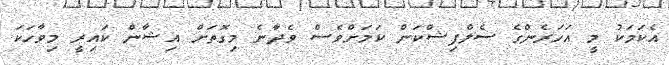
އެކަމަކު މީ އަހަރެންގެ ސެލްފިޝްކަން ކަމަށްވެސް ވެދާނެ މިގޮތަށް އިޝާން ކައިރީ މިވާހަކަ